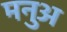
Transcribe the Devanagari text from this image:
मनुअ